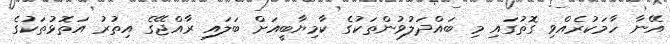
އޭނާ ހާމަކުރެއްވި ގޮތުގައި މި ބައްދަލުވުންތަކުގެ ކާމިޔާބީއަށް ބަލައި ރާއްޖޭގެ އިތުރު އަތޮޅުތަކުގެ